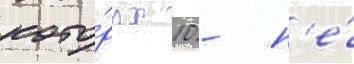
кото́рых 10 - н'е́